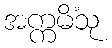
အက္ကမိံသု